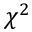
\chi ^ { 2 }